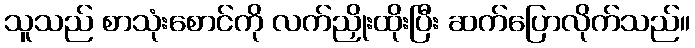
သူသည် စာသုံးစောင်ကို လက်ညှိုးထိုးပြီး ဆက်ပြောလိုက်သည်။